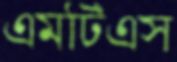
এমটিএস